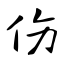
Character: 伤